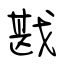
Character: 戡